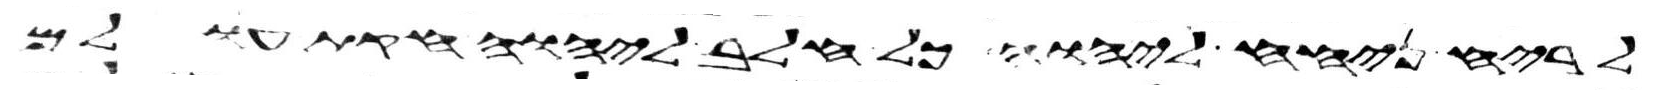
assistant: לריח ניחח ליהוה כל חלב ליהוה חקת עולם